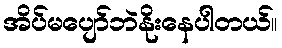
အိပ်မပျော်ဘဲနိုးနေပါတယ်။